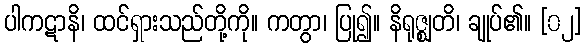
ပါကဋာနိ၊ ထင်ရှားသည်တို့ကို။ ကတွာ၊ ပြု၍။ နိရုဇ္ဈတိ၊ ချုပ်၏။ [၀၂]